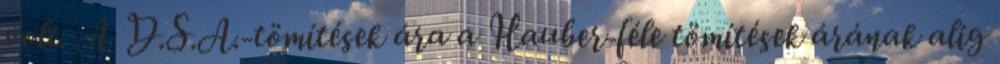
volt. A D.S.A.-tömítések ára a Hauber-féle tömítések árának alig